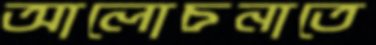
আলোচনাতে